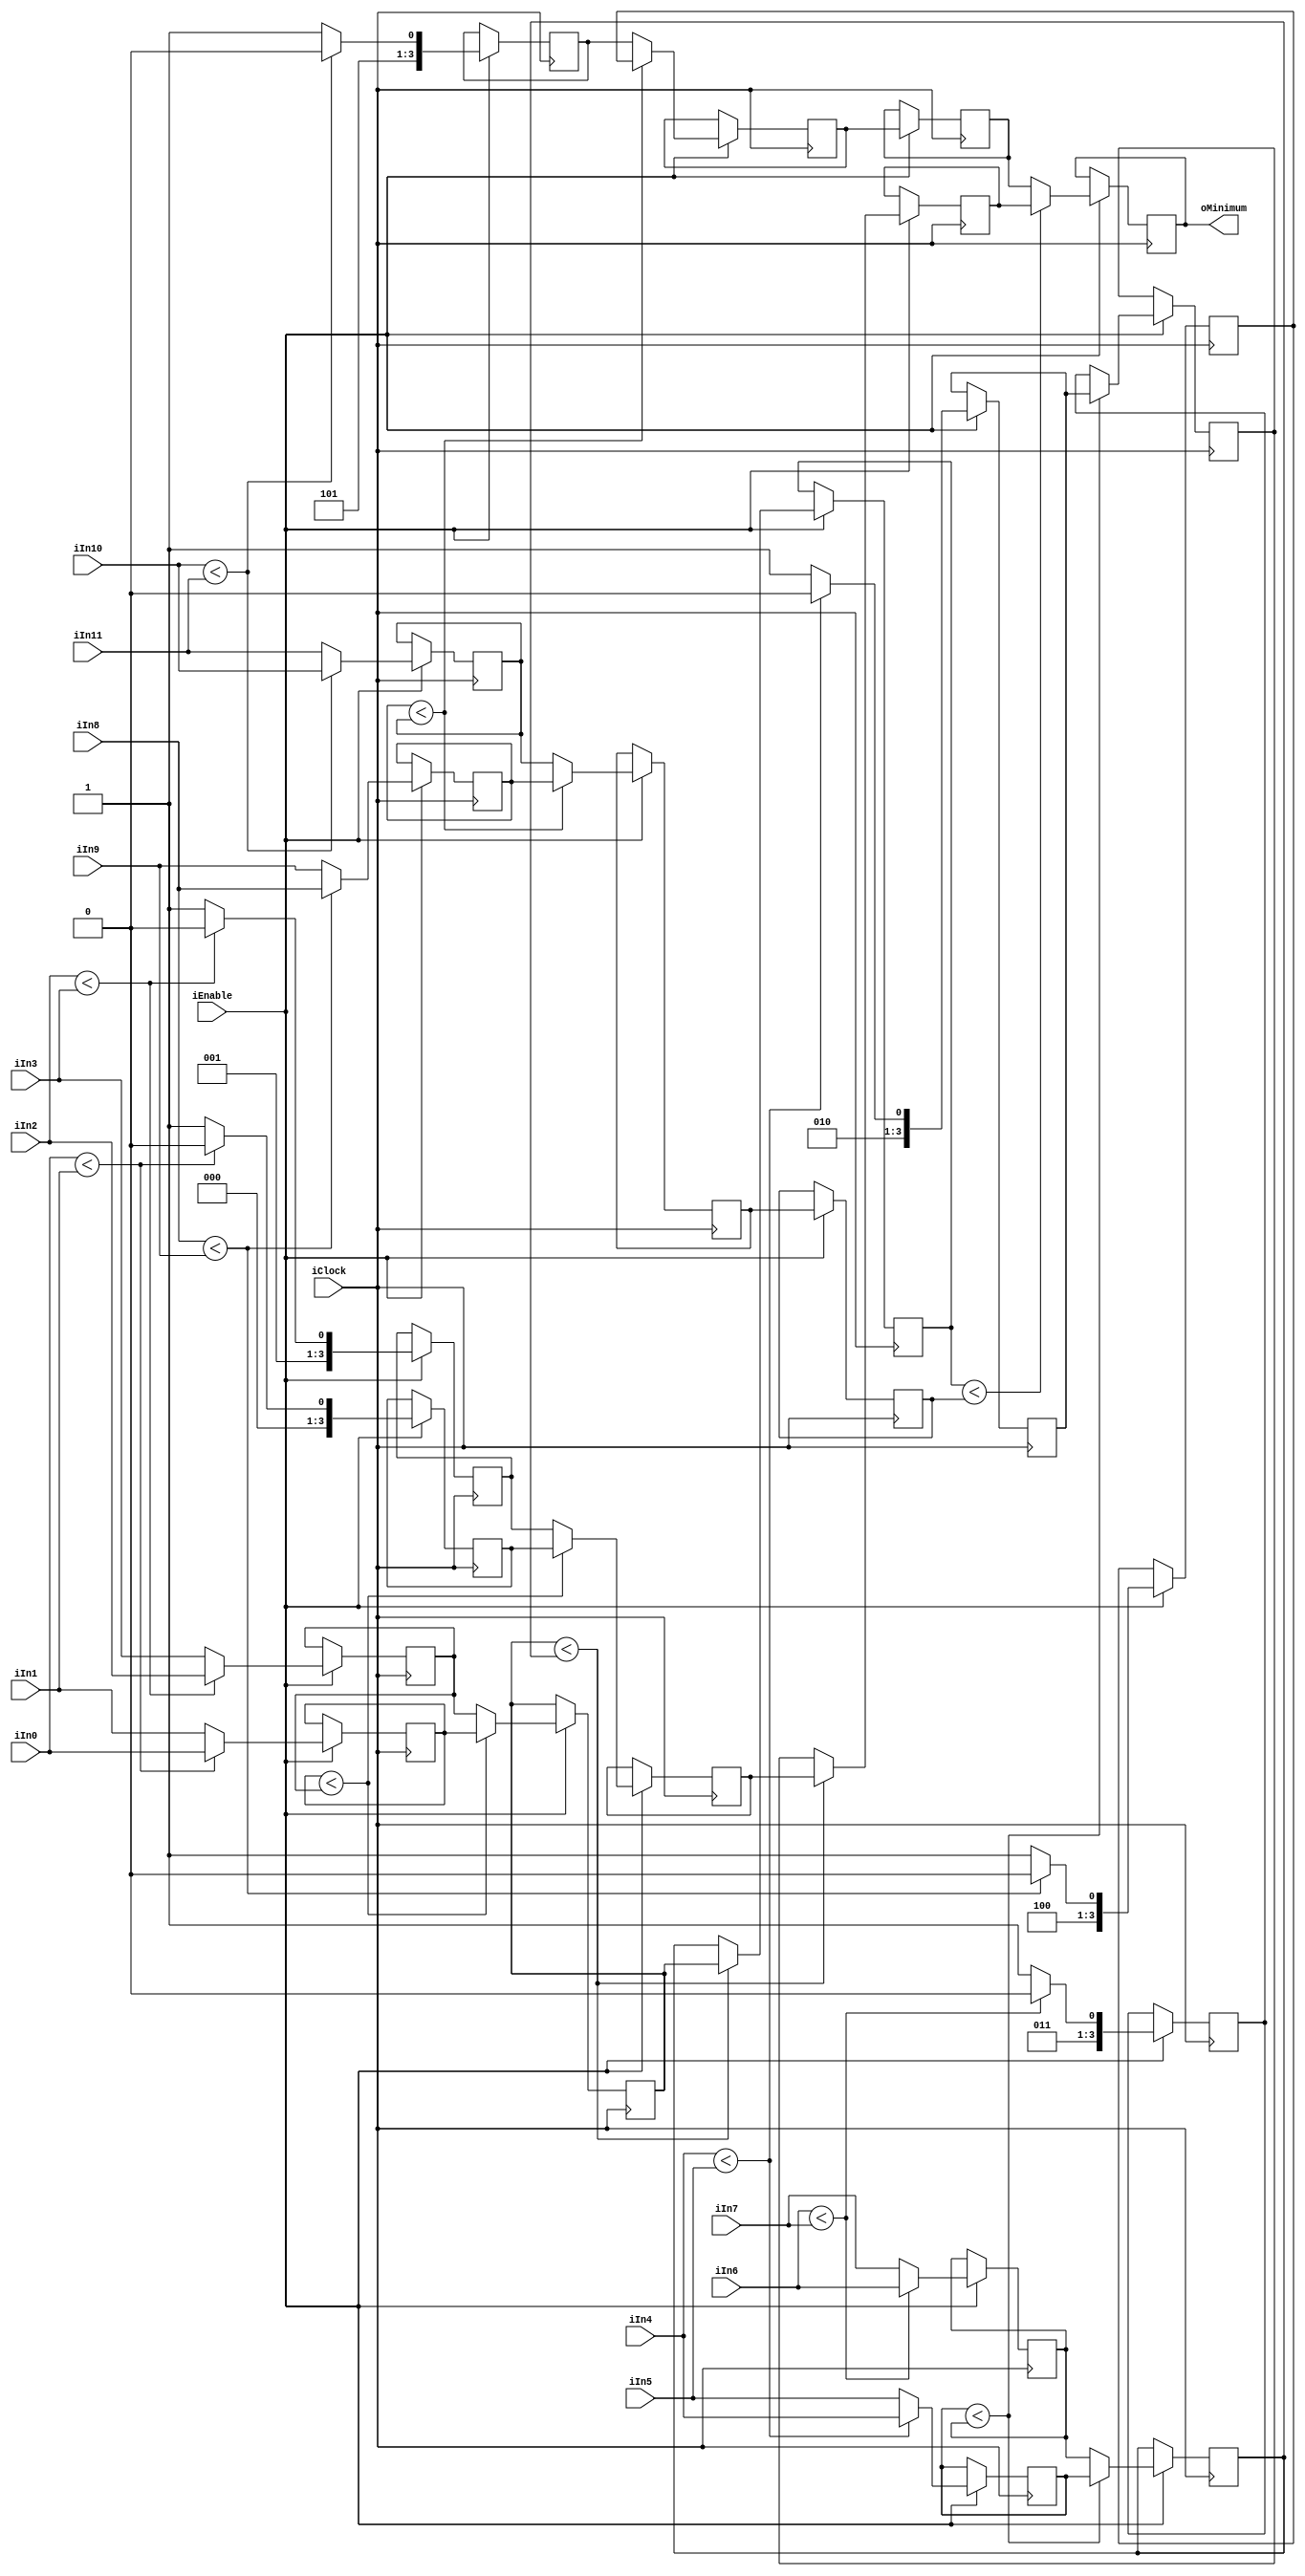
module Compare12(
    input wire iClock,
    input wire iEnable,
    
    input wire [27:0]  iIn0,
    input wire [27:0]  iIn1,
    input wire [27:0]  iIn2,
    input wire [27:0]  iIn3,
    input wire [27:0]  iIn4,
    input wire [27:0]  iIn5,
    input wire [27:0]  iIn6,
    input wire [27:0]  iIn7,
    input wire [27:0]  iIn8,
    input wire [27:0]  iIn9,
    input wire [27:0]  iIn10,
    input wire [27:0]  iIn11,
    output wire [3:0] oMinimum);

reg [3:0] index0_0;
reg [3:0] index0_1;
reg [3:0] index0_2;
reg [3:0] index0_3;
reg [3:0] index0_4;
reg [3:0] index0_5;
reg [3:0] index1_0;
reg [3:0] index1_1;
reg [3:0] index1_2;
reg [3:0] index2_0;
reg [3:0] rindex2_1;
reg [3:0] index3_0;
reg [27:0] value0_0;
reg [27:0] value0_1;
reg [27:0] value0_2;
reg [27:0] value0_3;
reg [27:0] value0_4;
reg [27:0] value0_5;
reg [27:0] value1_0;
reg [27:0] value1_1;
reg [27:0] value1_2;
reg [27:0] value2_0;
reg [27:0] rvalue2_1;
reg [27:0] value3_0;

assign oMinimum =  index3_0 ;

always @(posedge iClock) begin
    if (iEnable) begin
    value0_0 <= (iIn0 < iIn1) ? iIn0 : iIn1;
    index0_0 <= (iIn0 < iIn1) ? 0 : 1;
    value0_1 <= (iIn2 < iIn3) ? iIn2 : iIn3;
    index0_1 <= (iIn2 < iIn3) ? 2 : 3;
    value0_2 <= (iIn4 < iIn5) ? iIn4 : iIn5;
    index0_2 <= (iIn4 < iIn5) ? 4 : 5;
    value0_3 <= (iIn6 < iIn7) ? iIn6 : iIn7;
    index0_3 <= (iIn6 < iIn7) ? 6 : 7;
    value0_4 <= (iIn8 < iIn9) ? iIn8 : iIn9;
    index0_4 <= (iIn8 < iIn9) ? 8 : 9;
    value0_5 <= (iIn10 < iIn11) ? iIn10 : iIn11;
    index0_5 <= (iIn10 < iIn11) ? 10 : 11;
    value1_0 <= (value0_0 < value0_1) ? value0_0 : value0_1;
    index1_0 <= (value0_0 < value0_1) ? index0_0 : index0_1;
    value1_1 <= (value0_2 < value0_3) ? value0_2 : value0_3;
    index1_1 <= (value0_2 < value0_3) ? index0_2 : index0_3;
    value1_2 <= (value0_4 < value0_5) ? value0_4 : value0_5;
    index1_2 <= (value0_4 < value0_5) ? index0_4 : index0_5;
    value2_0 <= (value1_0 < value1_1) ? value1_0 : value1_1;
    index2_0 <= (value1_0 < value1_1) ? index1_0 : index1_1;
    rvalue2_1 <= value1_2;
    rindex2_1 <= index1_2;
    value3_0 <= (value2_0 < rvalue2_1) ? value2_0 : rvalue2_1;
    index3_0 <= (value2_0 < rvalue2_1) ? index2_0 : rindex2_1;

    end
end

endmodule